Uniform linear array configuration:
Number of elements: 24
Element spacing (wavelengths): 0.75
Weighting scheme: exponential
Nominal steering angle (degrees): -45
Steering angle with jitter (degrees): -43.395
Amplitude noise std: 0.05
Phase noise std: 0.05

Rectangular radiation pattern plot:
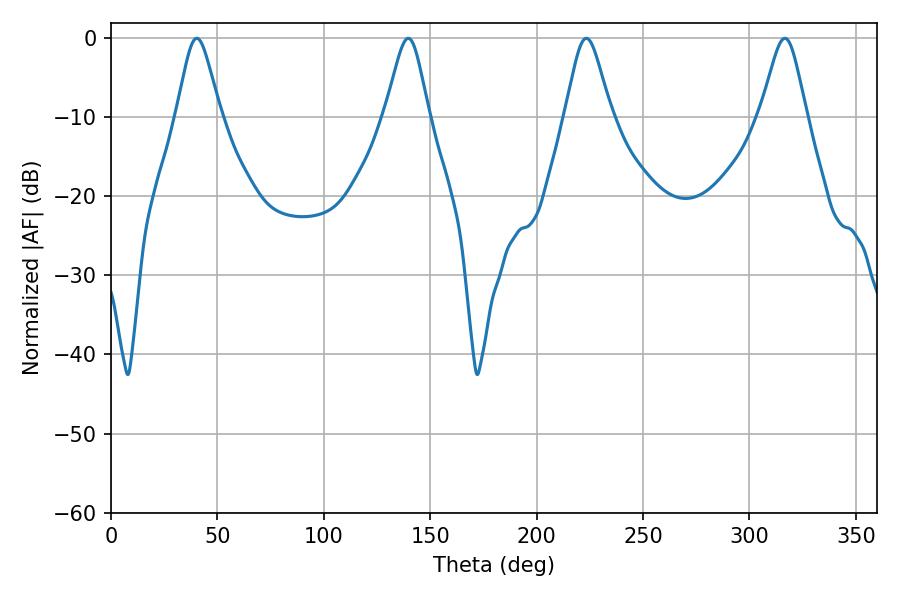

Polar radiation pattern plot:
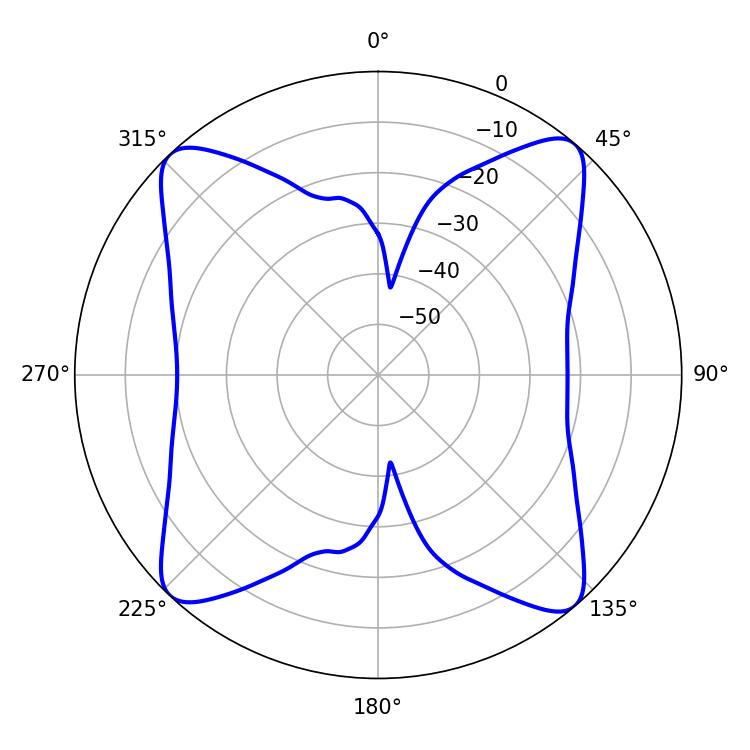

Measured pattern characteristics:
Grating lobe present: TRUE
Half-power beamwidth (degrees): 10.08
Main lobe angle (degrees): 40.32